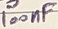
Text: 100nF